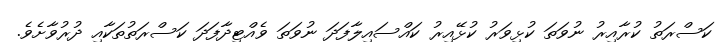
ކަސްރަތު ކުރާއިރު ނުވަތަ ކުޅިވަރު ކުޅޭއިރު ކައްސައިލާފަދަ ނުވަތަ ވެއްޓިދާފަދަ ކަސްރަތުތަކާއި ދުރުވާށެވެ.